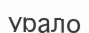
урало